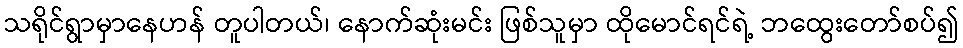
သရိုင်ရွာမှာနေဟန် တူပါတယ်၊ နောက်ဆုံးမင်း ဖြစ်သူမှာ ထိုမောင်ရင်ရဲ့ ဘထွေးတော်စပ်၍